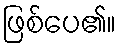
ဖြစ်ပေ၏။